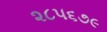
૨૮૫૬૭૯